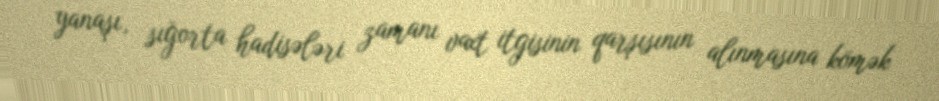
yanaşı, sığorta hadisələri zamanı vaxt itgisinin qarşısının alınmasına kömək